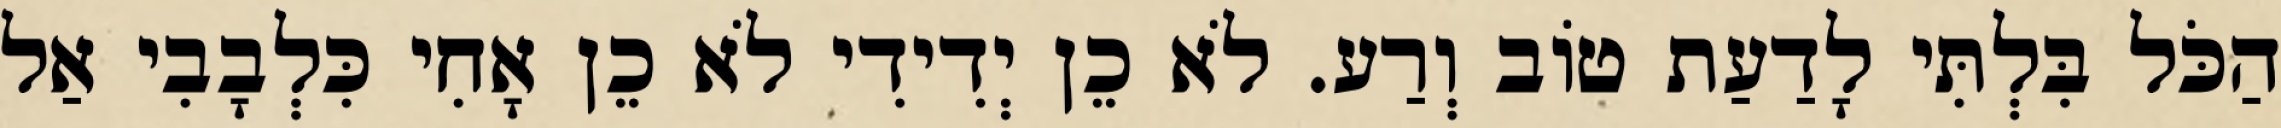
הַכֹּל בִּלְתִּי לָדַעַת טוֹב וְרַע. לֹא כֵן יְדִידִי לֹא כֵן אָחִי כִּלְבָבִי אַל